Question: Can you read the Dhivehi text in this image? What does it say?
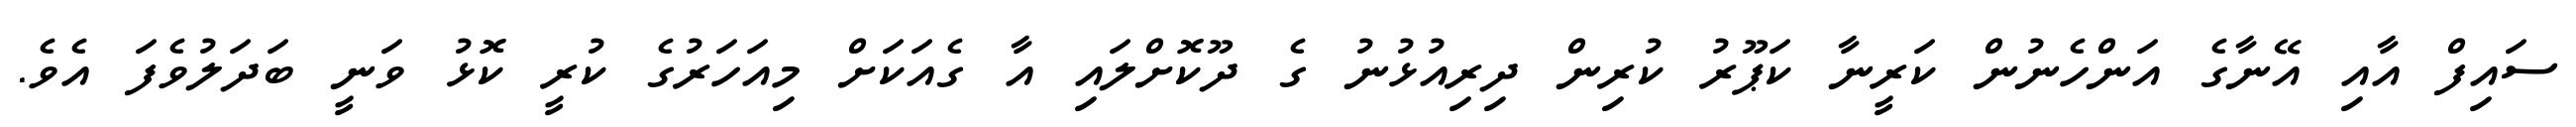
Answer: ސައިފް އާއި އޭނާގެ އަންހެނުން ކަރީނާ ކަޕޫރު ކުރިން ދިރިއުޅުނު ގެ ދޫކޮށްލައި އާ ގެއަކަށް މިއަހަރުގެ ކުރީ ކޮޅު ވަނީ ބަދަލުވެފަ އެވެ.